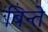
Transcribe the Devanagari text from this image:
बिन्ते